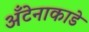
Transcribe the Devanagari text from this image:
अँटेनाकाडे